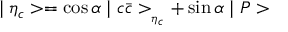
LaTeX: \mid \eta _ { c } > = \cos \alpha \mid c \bar { c } > _ { _ { \eta _ { c } } } + \sin \alpha \mid P >